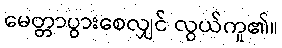
မေတ္တာပွားစေလျှင် လွယ်ကူ၏။